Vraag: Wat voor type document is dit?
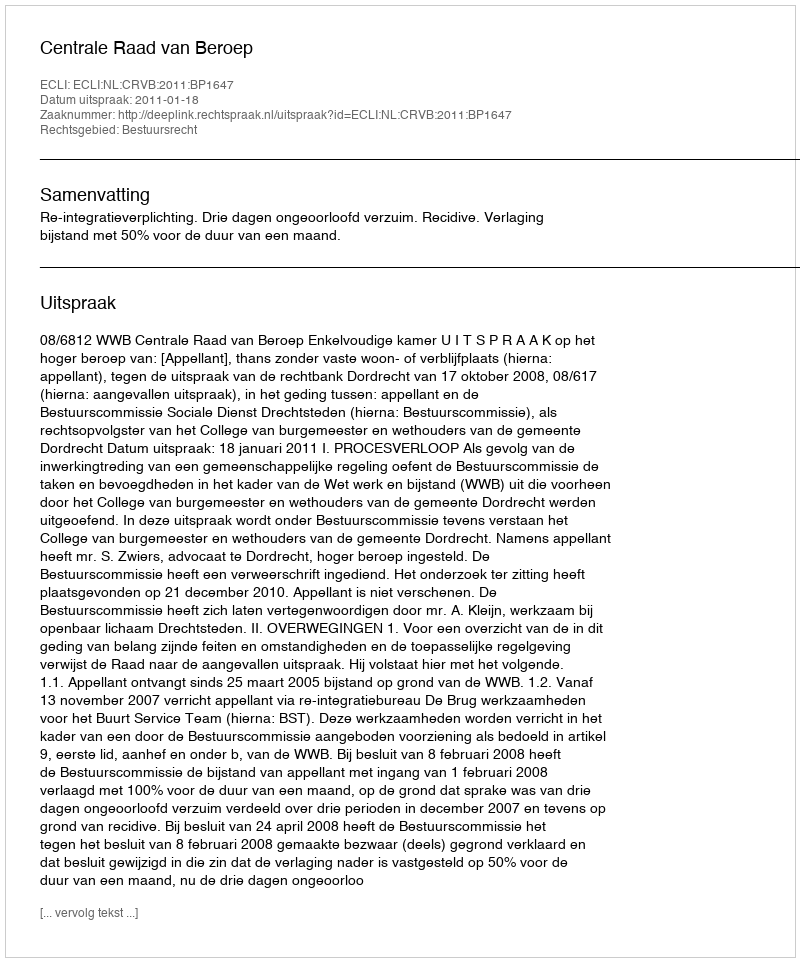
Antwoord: Uitspraak